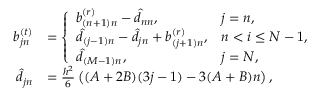
\begin{array} { r l } { b _ { j n } ^ { ( t ) } } & { = \left\{ \begin{array} { l l } { b _ { ( n + 1 ) n } ^ { ( r ) } - \widehat { d } _ { n n } , } & { j = n , } \\ { \widehat { d } _ { ( j - 1 ) n } - \widehat { d } _ { j n } + b _ { ( j + 1 ) n } ^ { ( r ) } , } & { n < i \leq N - 1 , } \\ { \widehat { d } _ { ( M - 1 ) n } , } & { j = N , \; } \end{array} \right. } \\ { \widehat { d } _ { j n } } & { = \frac { h ^ { 2 } } { 6 } \left( ( A + 2 B ) ( 3 j - 1 ) - 3 ( A + B ) n \right) , } \end{array}